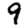
Digit: 9